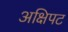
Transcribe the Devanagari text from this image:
अक्षिपट